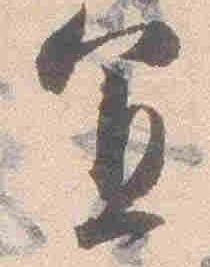
宜